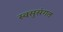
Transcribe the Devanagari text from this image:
स्वसुसंगत